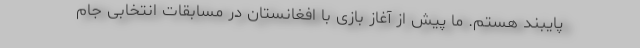
پایبند هستم. ما پیش از آغاز بازی با افغانستان در مسابقات انتخابی جام